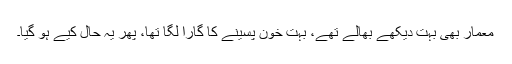
معمار بھی بہت دیکھے بھالے تھے، بہت خون پسینے کا گارا لگا تھا، پھر یہ حال کیے ہو گیا۔